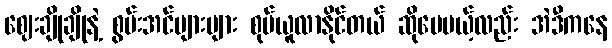
ဈေးချိုချိုနဲ့ စွမ်းအင်များများ စုပ်ယူလာနိုင်တယ် ဆိုပေမယ့်လည်း အဲဒီကနေ